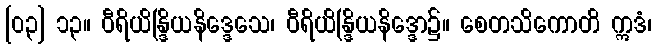
[၀၃] ၁၃။ ဝီရိယိန္ဒြိယနိဒ္ဒေသေ၊ ဝီရိယိန္ဒြိယနိဒ္ဒော၌။ စေတသိကောတိ ဣဒံ၊